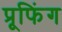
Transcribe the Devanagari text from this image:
प्रूफिंग